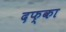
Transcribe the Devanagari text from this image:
दफ्का